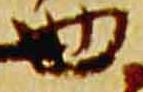
四